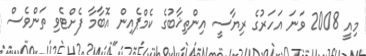
މިއީ 2008 ވަނަ އަހަރުގެ ރިޔާސީ އިންތިޚާބުގެ ކެމްޕެއިން އޮބާމާ ފެށްޓެވި ތަންވެސް